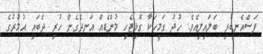
ފަސްއެނބުރި ބަލައިލިއެވެ. ހުދު ގަމީހަކާ ގޮޅިޖެހި މުންޑެއް އަނދެގެން ހުރި ދެބައި އުމުރުގެ